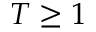
T \geq 1